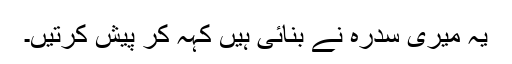
یہ میری سدرہ نے بنائی ہیں کہہ کر پیش کرتیں۔